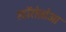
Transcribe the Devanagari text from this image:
स्टॉरोज़ोआ